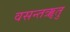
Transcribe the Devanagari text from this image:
वसन्तॠतु